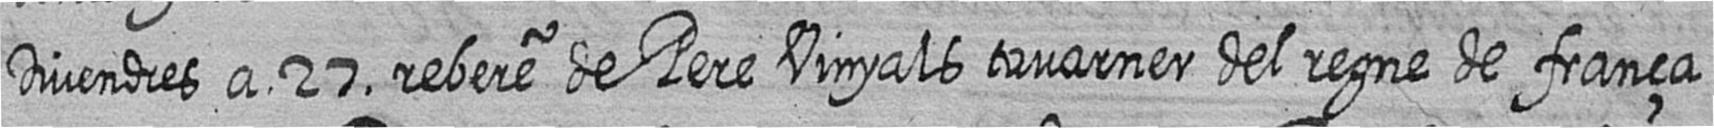
Divendres a 27 rebere de Pere Vinyals tavarner del regne de frança